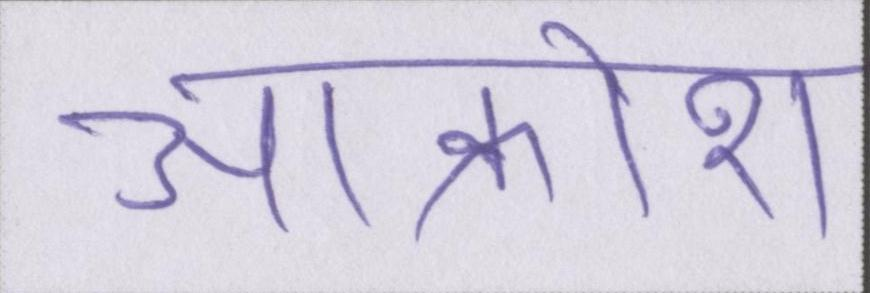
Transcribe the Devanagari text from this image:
आक्रोश